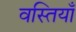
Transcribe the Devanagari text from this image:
वस्तियाँ